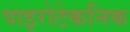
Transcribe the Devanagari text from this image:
पाइरोटेकनिक